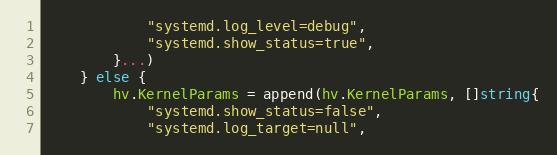
Language: Go
			"systemd.log_level=debug",
			"systemd.show_status=true",
		}...)
	} else {
		hv.KernelParams = append(hv.KernelParams, []string{
			"systemd.show_status=false",
			"systemd.log_target=null",